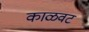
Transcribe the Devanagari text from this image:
काळवट